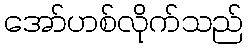
အော်ဟစ်လိုက်သည်